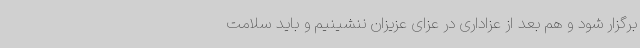
برگزار شود و هم بعد از عزاداری در عزای عزیزان ننشینیم و باید سلامت